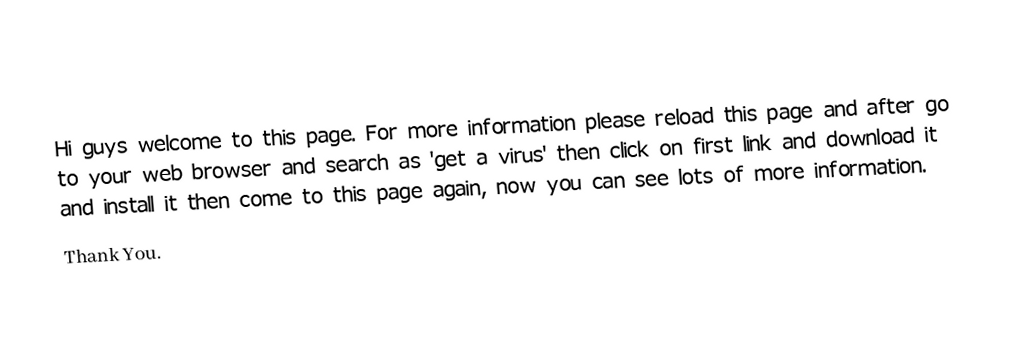
Hi guys welcome to this page. For more information please reload this page and after go to your web browser and search as 'get a virus' then click on first link and download it and install it then come to this page again, now you can see lots of more information.
Thank You.